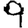
Digit: 9